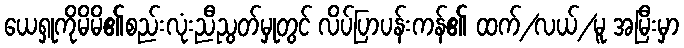
ယေရှုကိုမိမိ၏စည်းလုံးညီညွတ်မှုတွင် လိပ်ပြာပန်းကန်၏ ထက်/လယ်/မူ အမြီးမှာ